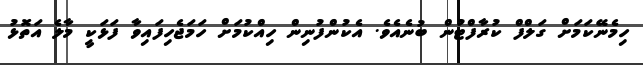
ހިމެނޭކަމަށް ގަލްފް ކުރާފްޓުން ބުނެއެވެ. އެކުންފުނިން ހިއްކުމަށް ހަމަޖެހިފައިވާ ފަޅަކީ މާލެ އަތޮޅު